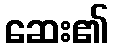
ဆေး၏